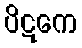
ပိဋကေ